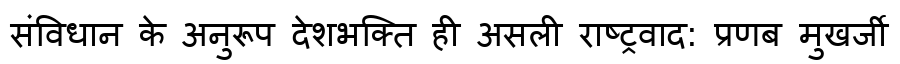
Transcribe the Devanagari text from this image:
संविधान के अनुरूप देशभक्ति ही असली राष्ट्रवाद: प्रणब मुखर्जी